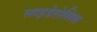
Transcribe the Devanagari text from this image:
साइडेरोसिस